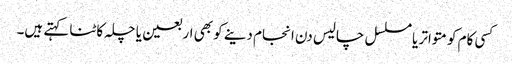
کسی کام کو متواتر یا مسلسل چالیس دن انجام دینے کو بھی اربعین یا چلہ کاٹنا کہتے ہیں۔